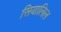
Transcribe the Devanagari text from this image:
सियालिल